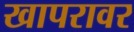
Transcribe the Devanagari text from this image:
खापरावर